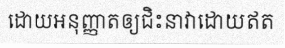
ដោយអនុញ្ញាតឲ្យជិះនាវាដោយឥត